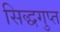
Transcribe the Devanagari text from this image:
सिद्धगुप्त